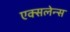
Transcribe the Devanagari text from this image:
एक्सलेन्स